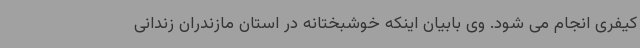
کیفری انجام می شود. وی بابیان اینکه خوشبختانه در استان مازندران زندانی